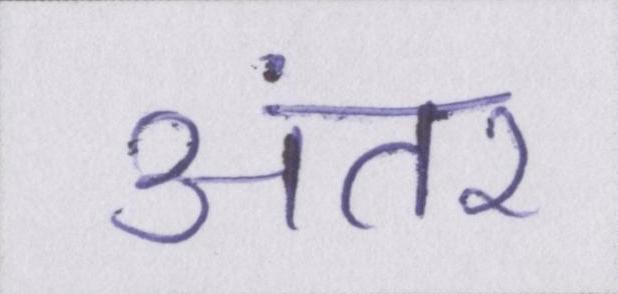
अंतर